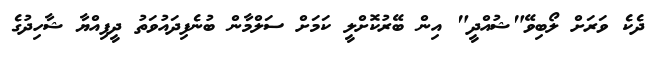
ދެކެ ވަރަށް ލޯބިވޭ"ޝުއްދީ" އިން ބޭރުކޮށްލީ ކަމަށް ސަލްމާން ބުނެފިދައުވަތު ދީފިއްޔާ ޝާހިދުގެ